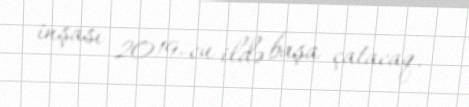
inşası 2019-cu ildə başa çatacaq.